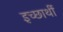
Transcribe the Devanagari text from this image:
इच्छार्थी